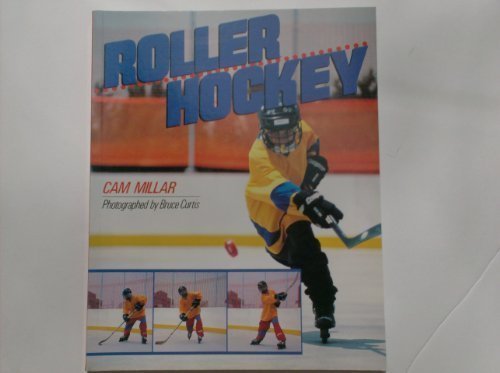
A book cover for Roller Hockey; Cam Millar; Sports & Outdoors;